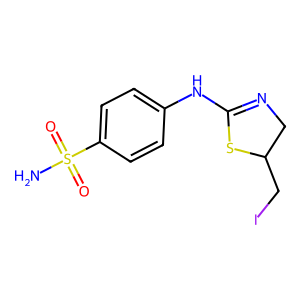
SMILES: NS(=O)(=O)c1ccc(NC2=NCC(CI)S2)cc1
Inhibits HIV replication: No